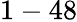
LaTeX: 1-48